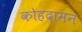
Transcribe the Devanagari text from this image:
कोहदामन